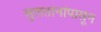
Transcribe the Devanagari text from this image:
सुलतानांपासून